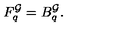
F _ { q } ^ { \cal G } = B _ { q } ^ { \cal G } .